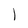
Character: 1